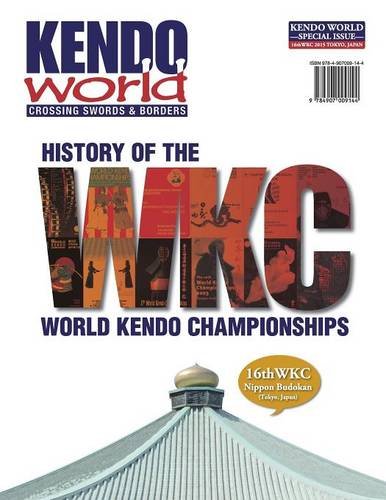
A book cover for Kendo World Special Edition; Children's Books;